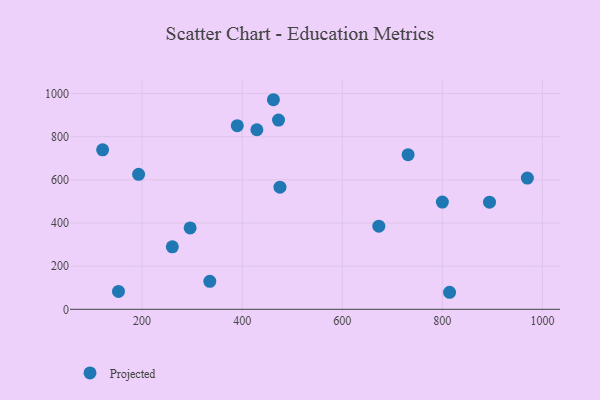
{"axis": {"x": "Investment", "y": "Exam Score"}, "legend": ["Projected"], "data": [{"x": "121.1", "y": 739.2, "type": "Projected"}, {"x": "335.3", "y": 129.5, "type": "Projected"}, {"x": "475.5", "y": 566.1, "type": "Projected"}, {"x": "731.6", "y": 716.6, "type": "Projected"}, {"x": "152.8", "y": 82.7, "type": "Projected"}, {"x": "429.4", "y": 832.2, "type": "Projected"}, {"x": "296.0", "y": 377.0, "type": "Projected"}, {"x": "462.4", "y": 971.5, "type": "Projected"}, {"x": "970.0", "y": 608.3, "type": "Projected"}, {"x": "673.1", "y": 385.1, "type": "Projected"}, {"x": "894.3", "y": 496.8, "type": "Projected"}, {"x": "800.1", "y": 497.0, "type": "Projected"}, {"x": "814.5", "y": 78.9, "type": "Projected"}, {"x": "390.2", "y": 851.2, "type": "Projected"}, {"x": "193.0", "y": 625.9, "type": "Projected"}, {"x": "260.4", "y": 289.4, "type": "Projected"}, {"x": "472.6", "y": 877.2, "type": "Projected"}]}